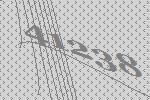
41238